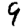
Digit: 9